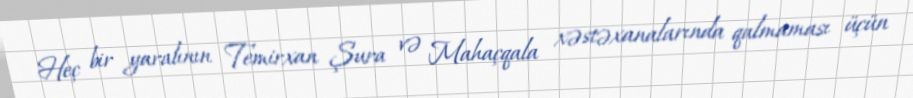
Heç bir yaralının Temirxan Şura və Mahaçqala xəstəxanalarında qalmaması üçün